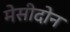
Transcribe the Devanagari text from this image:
मेसीदोन